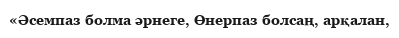
«Әсемпаз болма әрнеге, Өнерпаз болсаң, арқалан,